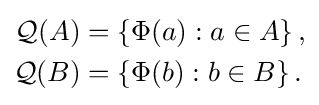
{\begin{aligned}{\mathcal {Q}}(A)&=\left\{\Phi (a):a\in A\right\},\\{\mathcal {Q}}(B)&=\left\{\Phi (b):b\in B\right\}.\end{aligned}}